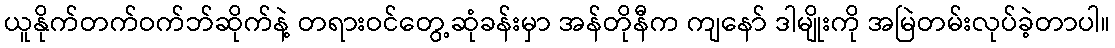
ယူနိုက်တက်ဝက်ဘ်ဆိုက်နဲ့ တရားဝင်တွေ့ဆုံခန်းမှာ အန်တိုနီက ကျနော် ဒါမျိုးကို အမြဲတမ်းလုပ်ခဲ့တာပါ။